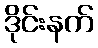
ဒိုင်းနက်